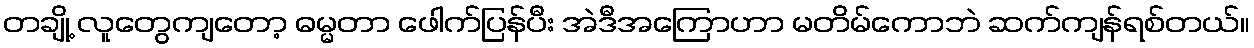
တချို့ လူတွေကျတော့ ဓမ္မတာ ဖေါက်ပြန်ပီး အဲဒီအကြောဟာ မတိမ်ကောဘဲ ဆက်ကျန်ရစ်တယ်။